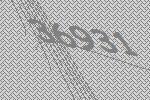
36931